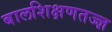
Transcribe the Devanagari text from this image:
बालशिक्षणतज्ज्ञ